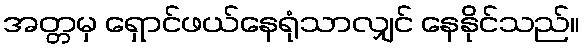
အတ္တမှ ရှောင်ဖယ်နေရုံသာလျှင် နေနိုင်သည်။